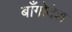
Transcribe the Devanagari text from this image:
बाँगोदेश